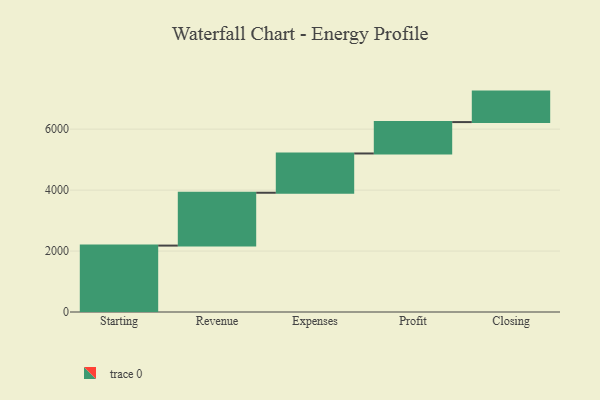
{"axis": {"x": "Step", "y": "Value"}, "legend": [""], "data": [{"x": "Starting", "y": 2179.0, "type": ""}, {"x": "Revenue", "y": 1734.0, "type": ""}, {"x": "Expenses", "y": 1289.0, "type": ""}, {"x": "Profit", "y": 1030.0, "type": ""}, {"x": "Closing", "y": 1000, "type": ""}]}